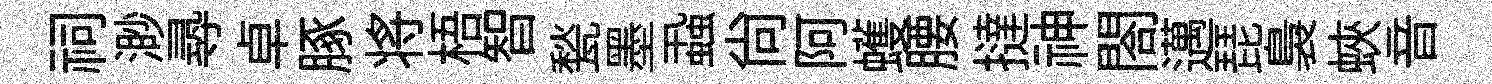
祠渺𡬶卓䐁将梧智甃墨蝨尚阿蠖腰撻神閤邁琵裊蛺音